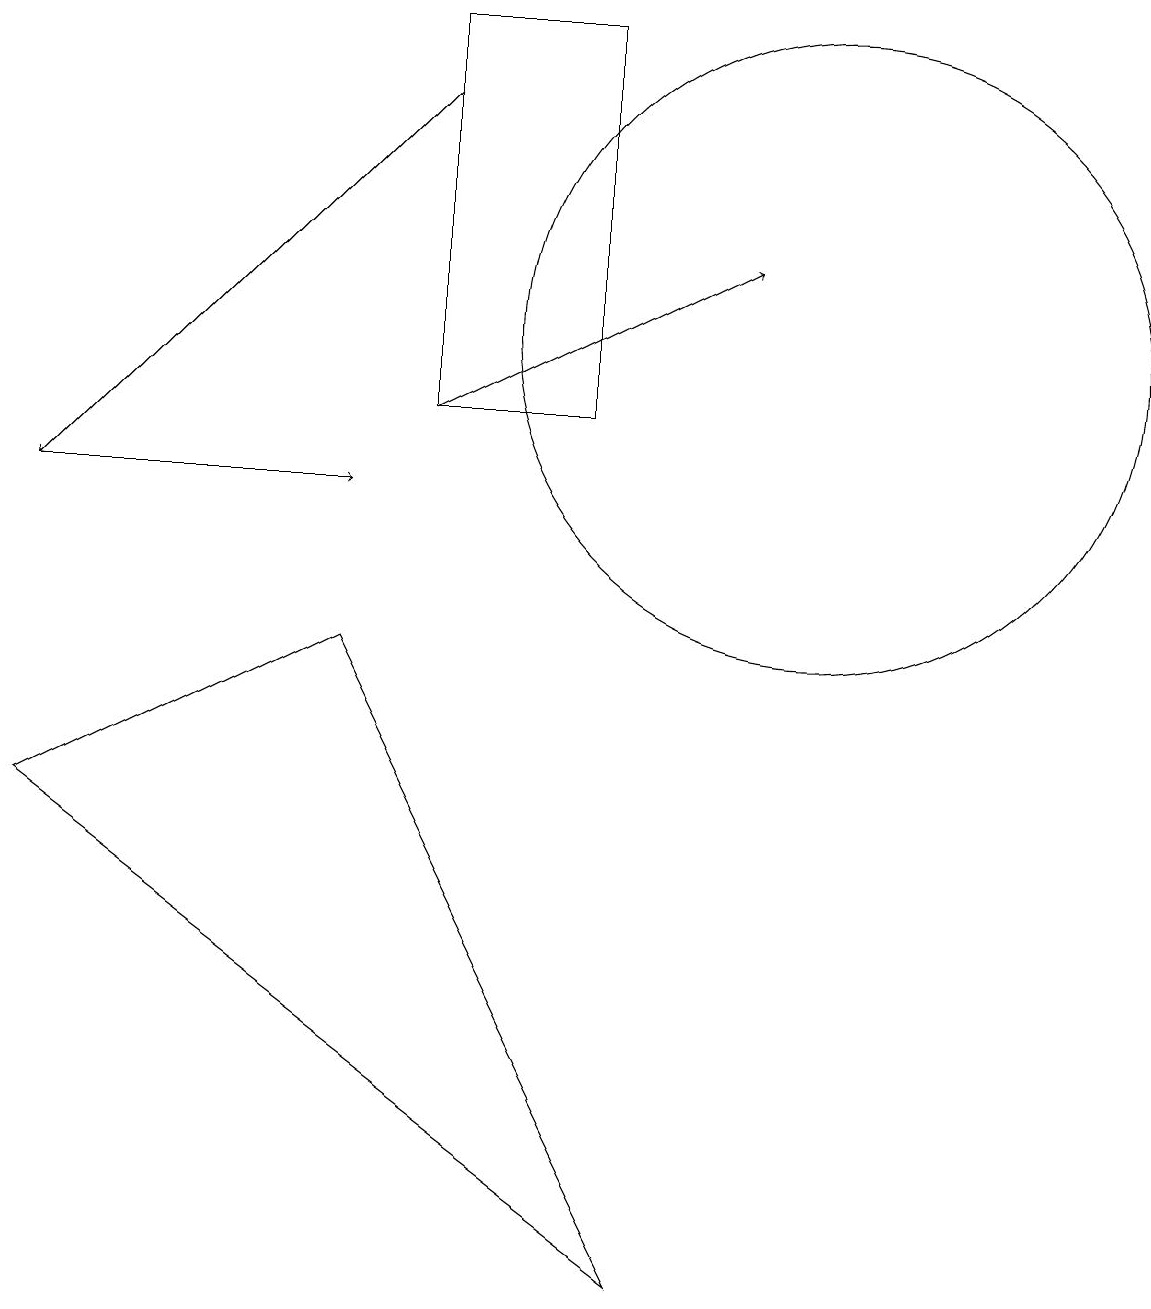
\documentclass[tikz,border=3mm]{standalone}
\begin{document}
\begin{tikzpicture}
\draw (4,8) -- (0,6) -- (8,0) -- cycle;
\draw[->] (5,11) -- (9,13);
\draw[->] (0,10) -- (4,10);
\draw[->] (5,15) -- (0,10);
\draw (10,12) circle (4);
\draw (5,16) rectangle (7,11);
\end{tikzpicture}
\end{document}